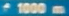
*1000m